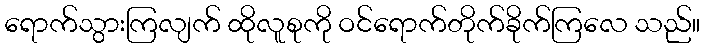
ရောက်သွားကြလျက် ထိုလူစုကို ဝင်ရောက်တိုက်ခိုက်ကြလေ သည်။